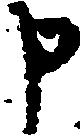
申